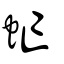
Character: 虻